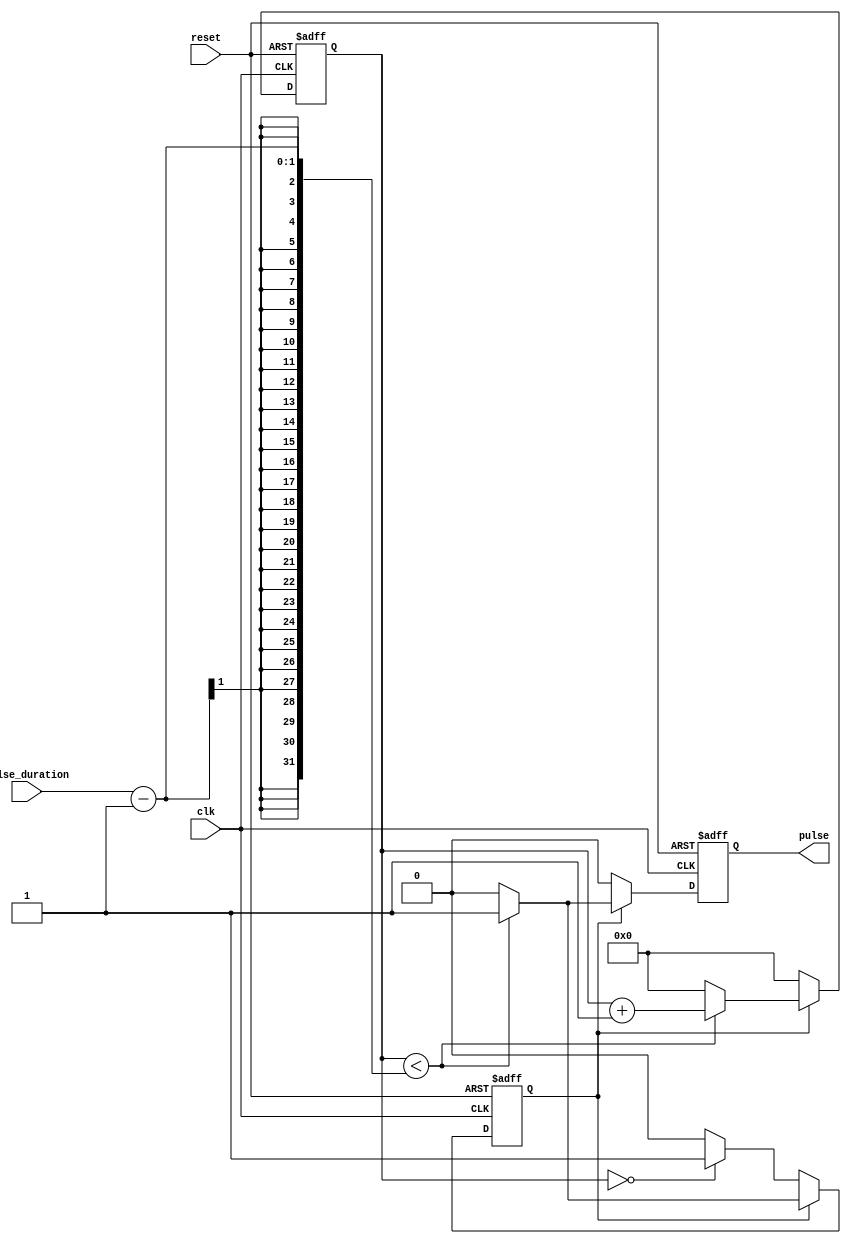
module Asynchronous_Pulse_Generator (
    input wire clk,
    input wire reset,
    input wire pulse_duration,
    output reg pulse
);

reg [15:0] counter;
reg generating_pulse;

always @ (posedge clk or posedge reset) begin
    if (reset) begin
        counter <= 16'd0;
        generating_pulse <= 1'b0;
        pulse <= 1'b0;
    end else begin
        if (generating_pulse) begin
            if (counter < pulse_duration - 1) begin
                counter <= counter + 1;
                pulse <= 1'b1;
            end else begin
                generating_pulse <= 1'b0;
                counter <= 16'd0;
                pulse <= 1'b0;
            end
        end else begin
            counter <= 16'd0;
            pulse <= 1'b0;
            if (counter == 0) begin
                generating_pulse <= 1'b1;
            end
        end
    end
end

endmodule